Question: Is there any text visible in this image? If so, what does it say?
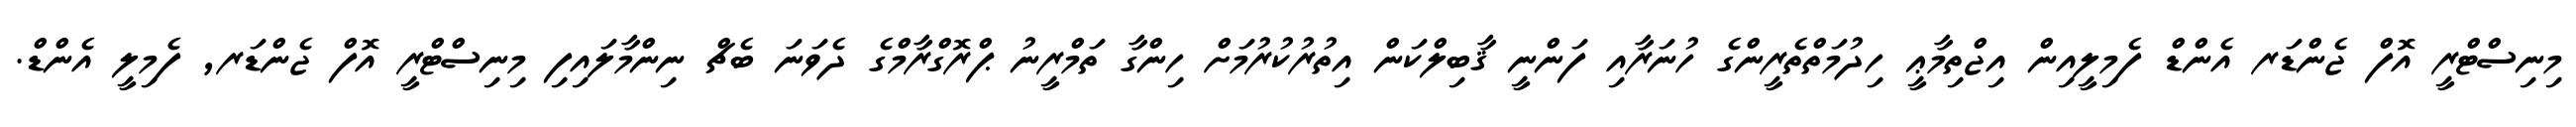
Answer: މިނިސްޓްރީ އޮފް ޖެންޑަރ އެންޑް ފެމިލީއިން އިޖްތިމާޢީ ހިދުމަތްތެރީންގެ ހުނަރާއި ފަންނީ ޤާބިލްކަން އިތުރުކުރުމަށް ހިންގާ ތަމްރީނު ޕްރޮގްރާމްގެ ދެވަނަ ބެޗް ނިންމާލައިފި މިނިސްޓްރީ އޮފް ޖެންޑަރ, ފެމިލީ އެންޑް.